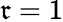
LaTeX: \mathfrak{r}=1